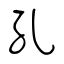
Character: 孔